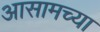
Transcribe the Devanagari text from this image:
अासामच्या